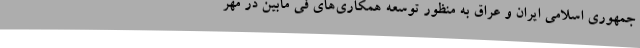
جمهوری اسلامی ایران و عراق به منظور توسعه همکاری‌های فی مابین در مهر